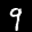
Label: 9